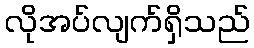
လိုအပ်လျက်ရှိသည်